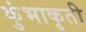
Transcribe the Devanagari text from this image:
कुंभाकृती